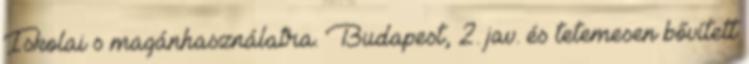
Iskolai s magánhasználatra. Budapest, 2. jav. és tetemesen bővített